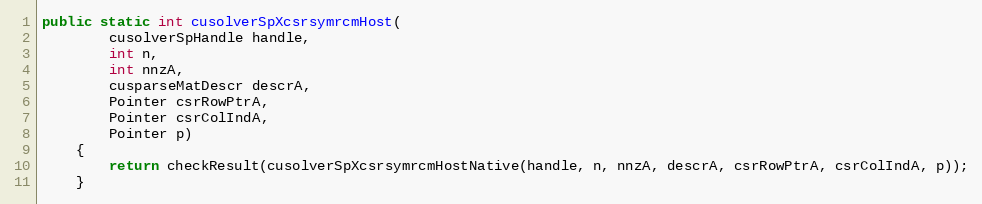
Language: Java
public static int cusolverSpXcsrsymrcmHost(
        cusolverSpHandle handle,
        int n,
        int nnzA,
        cusparseMatDescr descrA,
        Pointer csrRowPtrA,
        Pointer csrColIndA,
        Pointer p)
    {
        return checkResult(cusolverSpXcsrsymrcmHostNative(handle, n, nnzA, descrA, csrRowPtrA, csrColIndA, p));
    }